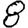
Digit: 8